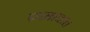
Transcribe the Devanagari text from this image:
प्रसादात